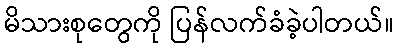
မိသားစုတွေကို ပြန်လက်ခံခဲ့ပါတယ်။